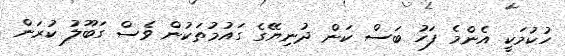
ހުކުމަކީ އެންމެ ފަހު ބަސް ކަން ދުނިޔޭގެ ގައުމުތަކުން ވެސް ގަބޫލު ކުރަން